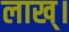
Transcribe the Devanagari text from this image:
लाख्।